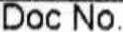
DOC NO.